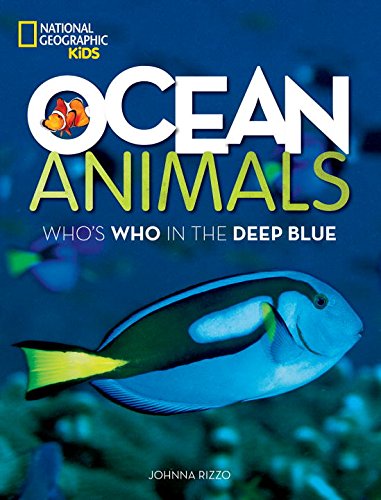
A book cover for Oceans: Dolphins, sharks, penguins, and more!; Johnna Rizzo; Children's Books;